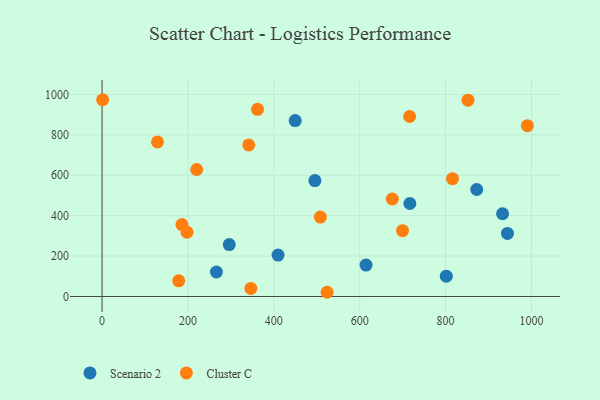
{"axis": {"x": "Engine Size", "y": "Rating"}, "legend": ["Cluster C", "Scenario 2"], "data": [{"x": "872.6", "y": 529.5, "type": "Scenario 2"}, {"x": "614.8", "y": 155.4, "type": "Scenario 2"}, {"x": "932.7", "y": 409.3, "type": "Scenario 2"}, {"x": "495.7", "y": 573.4, "type": "Scenario 2"}, {"x": "409.9", "y": 204.7, "type": "Scenario 2"}, {"x": "801.7", "y": 100.7, "type": "Scenario 2"}, {"x": "296.2", "y": 256.7, "type": "Scenario 2"}, {"x": "944.1", "y": 312.1, "type": "Scenario 2"}, {"x": "266.3", "y": 121.2, "type": "Scenario 2"}, {"x": "716.8", "y": 460.1, "type": "Scenario 2"}, {"x": "449.8", "y": 870.5, "type": "Scenario 2"}, {"x": "129.0", "y": 765.1, "type": "Cluster C"}, {"x": "197.8", "y": 318.3, "type": "Cluster C"}, {"x": "220.4", "y": 628.5, "type": "Cluster C"}, {"x": "186.0", "y": 355.7, "type": "Cluster C"}, {"x": "178.5", "y": 77.3, "type": "Cluster C"}, {"x": "699.7", "y": 325.6, "type": "Cluster C"}, {"x": "1.3", "y": 973.7, "type": "Cluster C"}, {"x": "990.5", "y": 845.3, "type": "Cluster C"}, {"x": "816.1", "y": 583.0, "type": "Cluster C"}, {"x": "852.2", "y": 971.7, "type": "Cluster C"}, {"x": "362.1", "y": 926.4, "type": "Cluster C"}, {"x": "676.0", "y": 482.5, "type": "Cluster C"}, {"x": "716.3", "y": 890.6, "type": "Cluster C"}, {"x": "524.1", "y": 20.8, "type": "Cluster C"}, {"x": "346.5", "y": 39.9, "type": "Cluster C"}, {"x": "341.6", "y": 749.8, "type": "Cluster C"}, {"x": "508.4", "y": 392.8, "type": "Cluster C"}]}